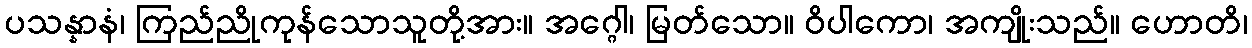
ပသန္နာနံ၊ ကြည်ညိုကုန်သောသူတို့အား။ အဂ္ဂေါ၊ မြတ်သော။ ဝိပါကော၊ အကျိုးသည်။ ဟောတိ၊